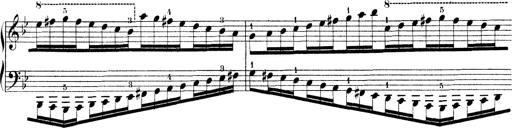
Title: Technische Studien
Composer: Franz Liszt